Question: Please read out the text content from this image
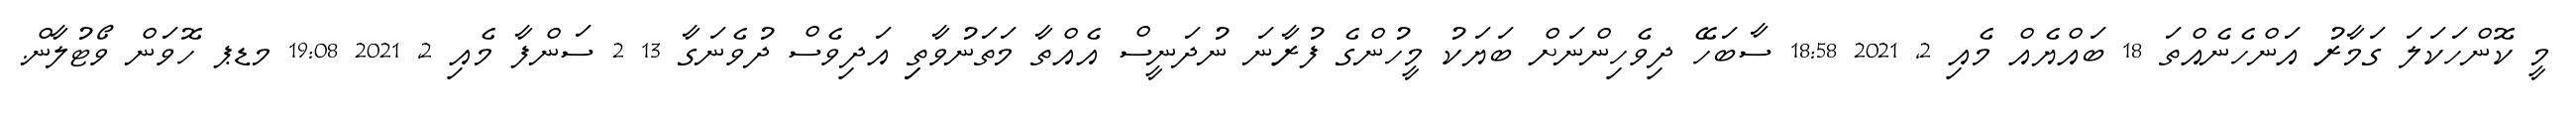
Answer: މީ ކޮންހަކަލަ ގަމާރު އަންހެނެއްތަ 18 ބައްޔެއް މެއި 2, 2021 18:58 ސާބަހޭ ދިވެހިންނަށް ބަޔަކު މީހުންގެ ފުރާނަ ނުދަނީސް އެއްތާ މަތަނުވާތިި އަދިވެސް ދުވެނަގާ 13 2 ސަންފާ މެއި 2, 2021 19:08 މޑޕ ހޮވަން ވޯޓުލާން.